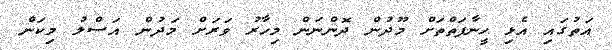
އަތުގައި އެޅި ހީނާފަތްތަށް މޫދުން ދޮންނަން މިހާރު ވަރަށް މަދުން އަސްލު މިކަން